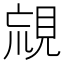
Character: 𧠰